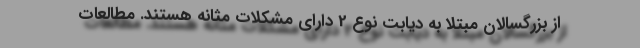
از بزرگسالان مبتلا به دیابت نوع 2 دارای مشکلات مثانه هستند. مطالعات